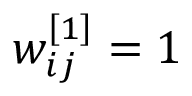
w _ { i j } ^ { \left[ 1 \right] } = 1